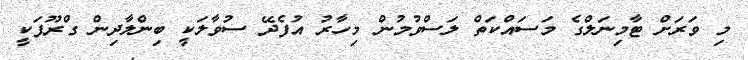
މި ވަރަށް ޓާމިނަލްގެ މަސައްކަތް ލަސްވުމުން މިހާރު އުފެދޭ ސުވާލަކީ ބިންލާދިން ގްރޫޕަކީ